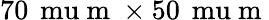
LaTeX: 70\, \mathrm{\ mu}\mathrm{~m~}\times 50\, \mathrm{\ mu}\mathrm{~m~}